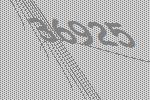
36925